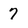
Character: 7